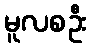
မူလစဦး